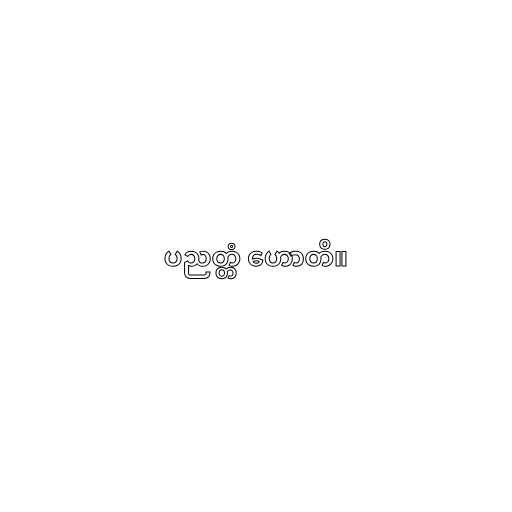
ပညတ္တံ ဟောတိ။